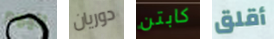
اليوم دوريان كابتن أقلق